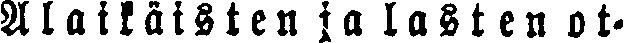
Alaikäisten ja lasten ot-